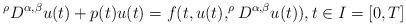
LaTeX: \begin{align*}^\rho D^{\alpha,\beta }u(t)+p(t)u(t)=f(t,u(t),^\rho D^{\alpha,\beta }u(t)),t\in I= [0, T] \end{align*}